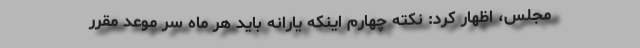
مجلس، اظهار کرد: نکته چهارم اینکه یارانه باید هر ماه سر موعد مقرر